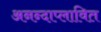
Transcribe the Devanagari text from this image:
अनन्दाप्लावित